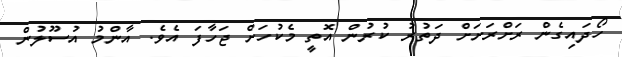
ހޯދައިގެން ރަށްރަށަށް ދަތުރު ކުރުން އޮތީ މެކުހަށް ޖަހާފަ އެވެ. އާންމު އުސޫލުން